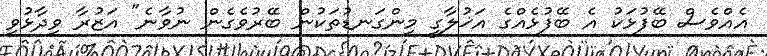
އެއްވެސް ބޭފުޅަކު އެ ބޭފުޅެއްގެ އަޚުލާގީ މިންގަނޑުތަކުން ބޭރުވެގެން ނުވާނެ" އަޒުރާ ވިދާޅުވި